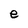
Character: e